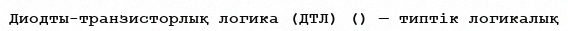
Диодты-транзисторлық логика (ДТЛ) () — типтік логикалық